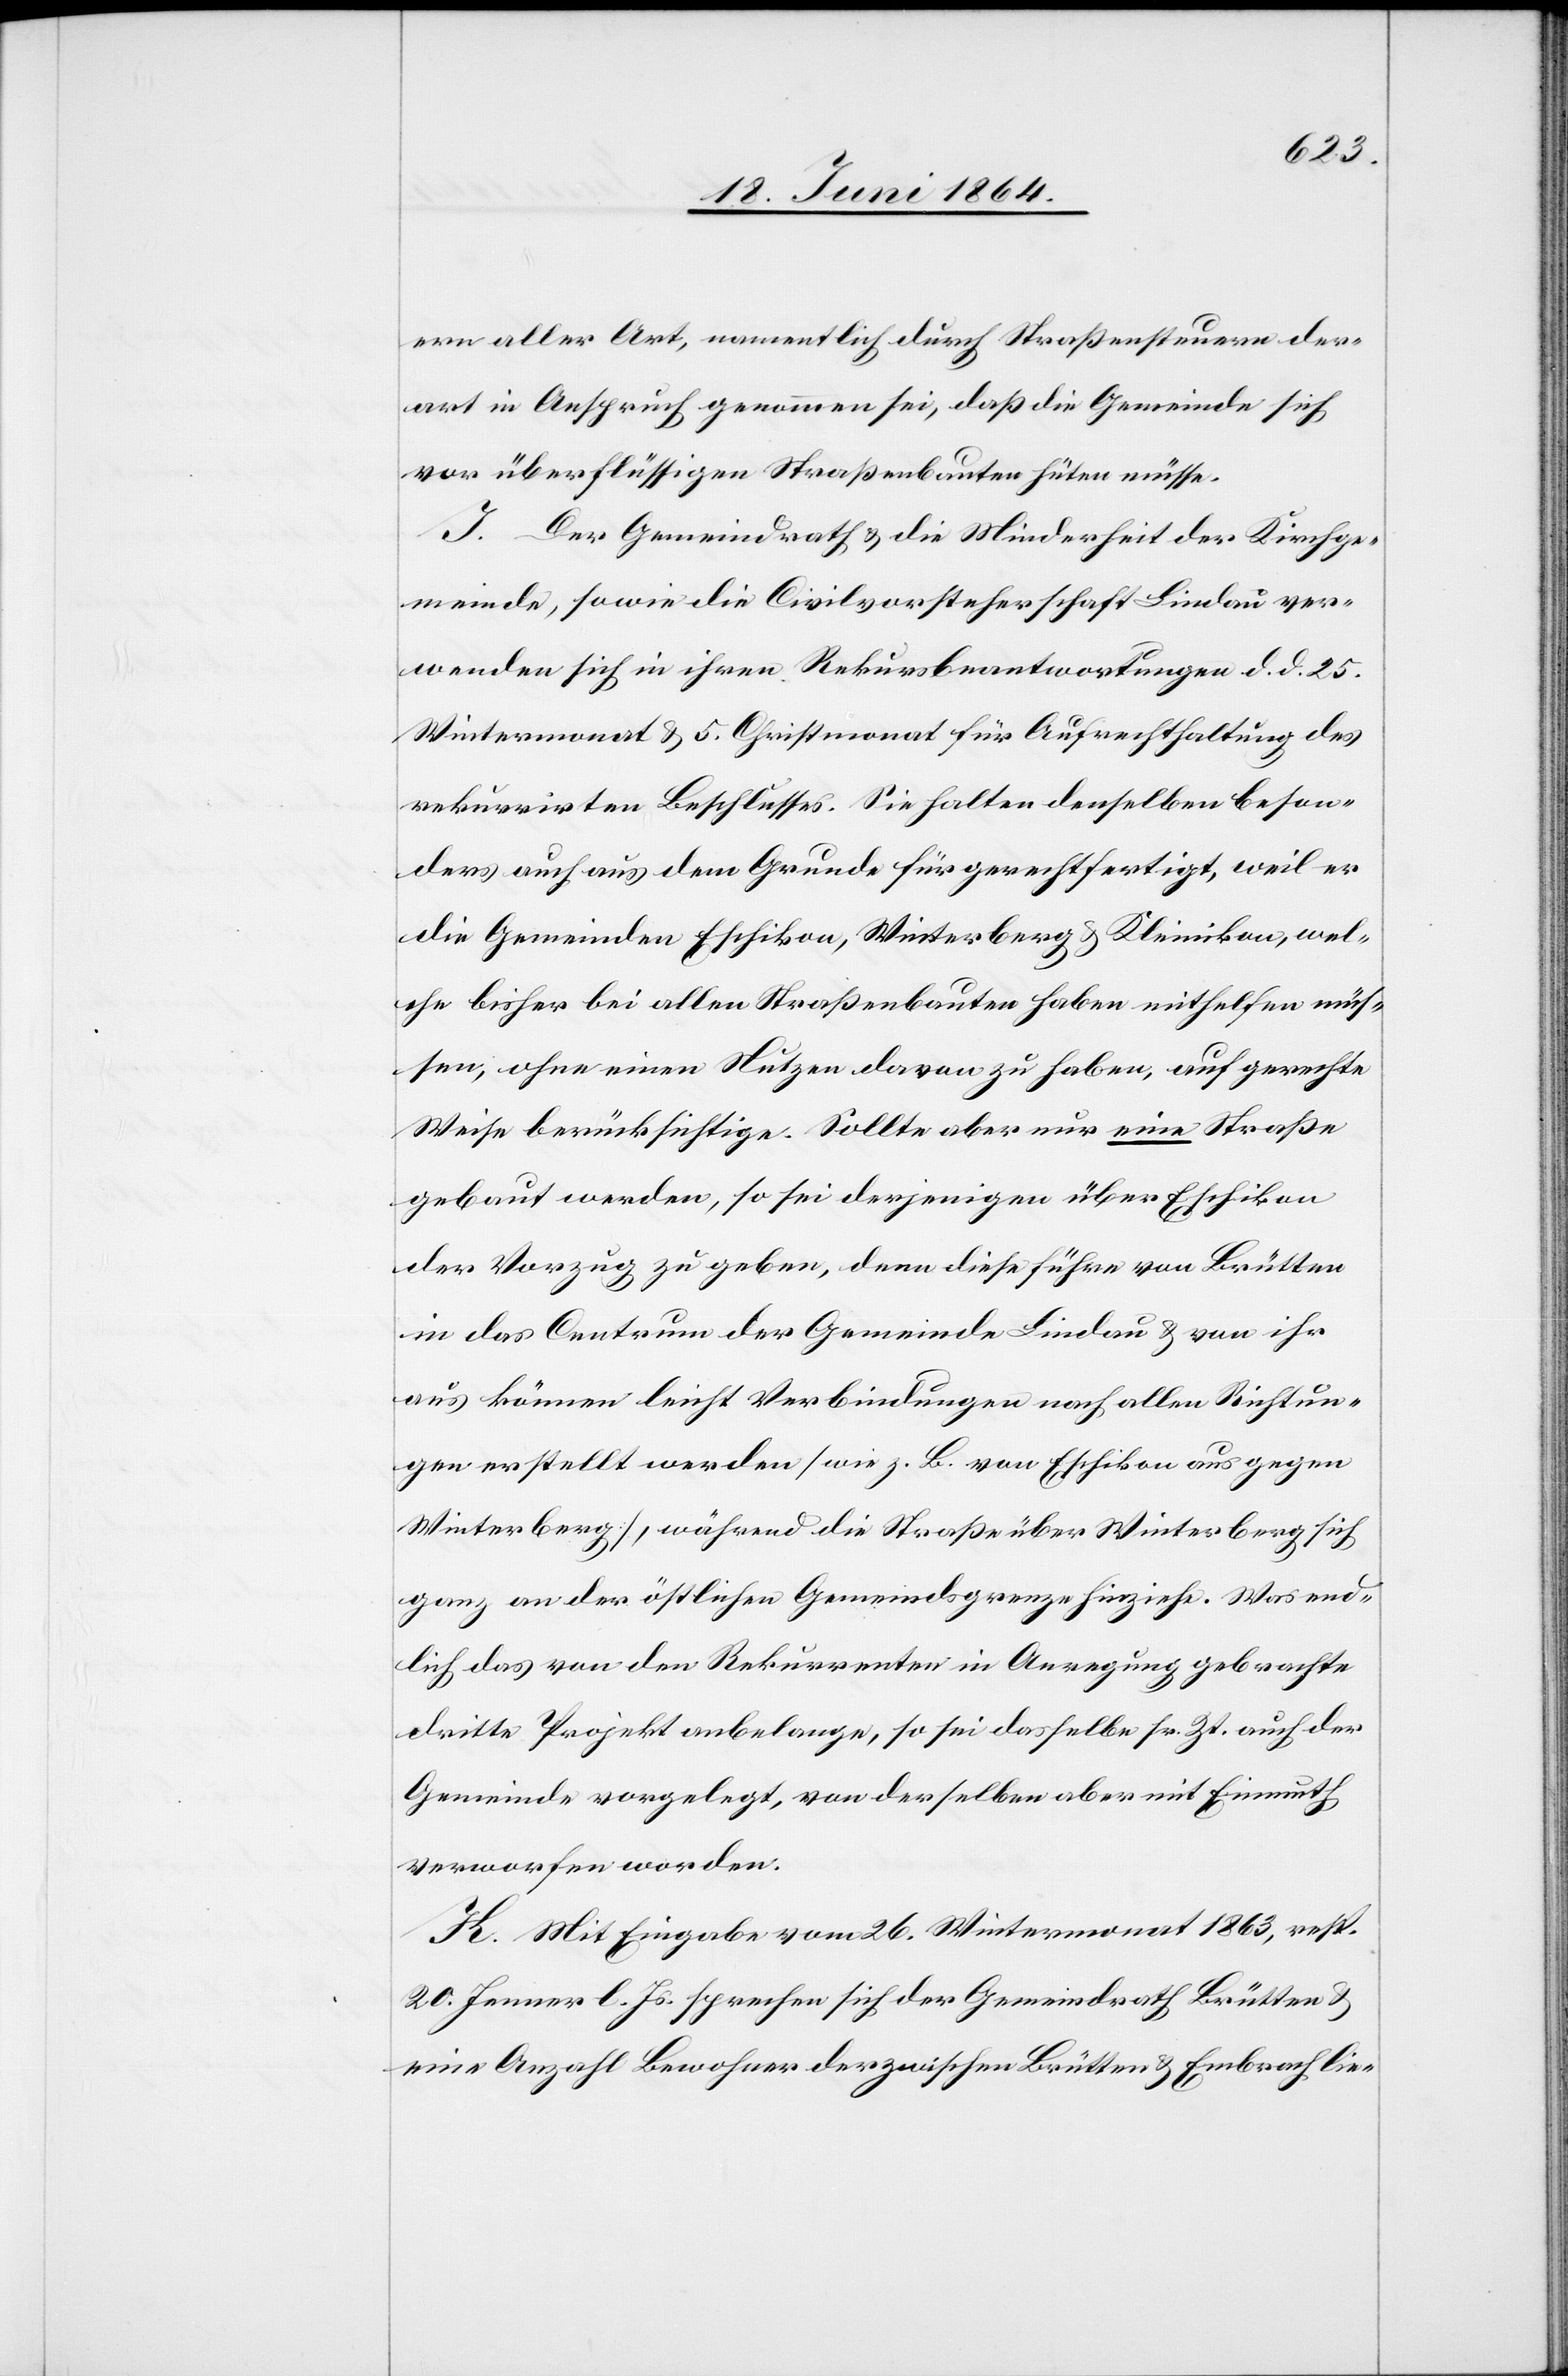
ern aller Art, namentlich durch Straßensteuern der¬
art in Anspruch genommen sei, daß die Gemeinde sich
vor überflüssigen Straßenbauten hüten müsse.
I. Der Gemeindrath u. die Minderheit der Kirchge¬
meinde, sowie die Civilvorsteherschaft Lindau ver¬
wenden sich in ihren Rekursbeantwortungen d. d. 25.
Wintermonat u. 5. Christmonat für Aufrechthaltung des
rekurrirten Beschlusses. Sie halten denselben beson¬
ders auch aus dem Grunde für gerechtfertigt, weil er
die Gemeinden Eschikon, Winterberg u. Kleinikon, wel¬
che bisher bei allen Straßenbauten haben mithelfen müs¬
sen, ohne einen Nutzen davon zu haben, auf gerechte
Weise berücksichtige. Sollte aber nur eine Straße
gebaut werden, so sei derjenigen über Eschikon
der Vorzug zu geben, denn diese führe von Brütten
in das Centrum der Gemeinde Lindau u. von ihr
aus können leicht Verbindungen nach allen Richtun¬
gen erstellt werden [wie z. B. von Eschikon aus gegen
Winterberg], während die Straße über Winterberg sich
ganz an der östlichen Gemeindsgrenze hinziehe. Was end¬
lich das von den Rekurrenten in Anregung gebrachte
dritte Projekt anbelange, so sei dasselbe sr. Zt. auch der
Gemeinde vorgelegt, von derselben aber mit Einmuth
verworfen worden.
K. Mit Eingabe vom 26. Wintermonat 1863, resp.
20. Jenner l. Js. sprechen sich der Gemeindrath Brütten u.
eine Anzahl Bewohner der zwischen Brütten u. Embrach lie-